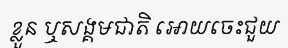
ខ្លួន ឬសង្គមជាតិ អោយចេះជួយ